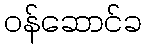
ဝန်ဆောင်ခ